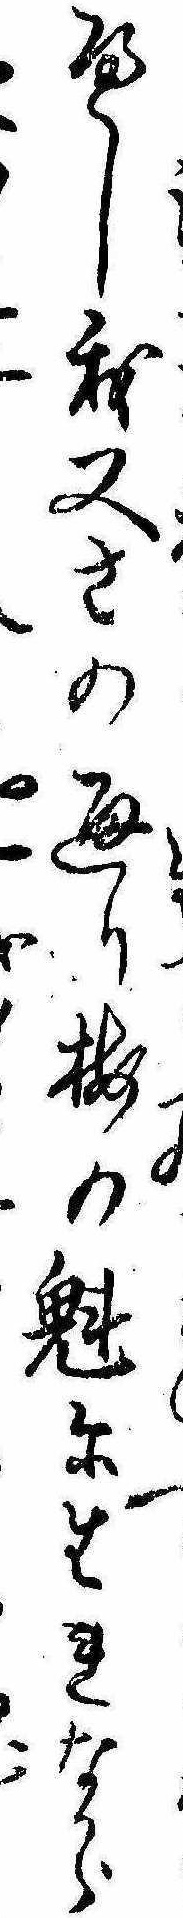
へし我又さの通り梅の魁に生れなから